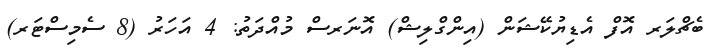
ބެޗްލަރ އޮފް އެޑިޔުކޭޝަން (އިންގްލިޝް) އޮނަރސް މުއްދަތު: 4 އަހަރު (8 ސެމިސްޓަރ)